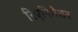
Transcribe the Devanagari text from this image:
रिएनिमेशन